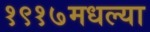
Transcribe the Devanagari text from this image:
१९१७मधल्या